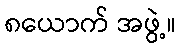
၈ယောက် အဖွဲ့။